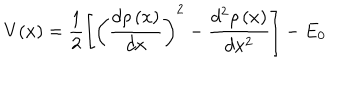
V ( x ) = \frac 1 2 \left[ \left( \frac { d \rho \left( x \right) } { d x } \right) ^ { 2 } - \frac { d ^ { 2 } \rho \left( x \right) } { d x ^ { 2 } } \right] - E _ { 0 }